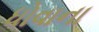
ધોવાના